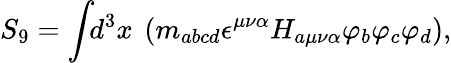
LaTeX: S_{9}=\int\! \! d^{3}x~\left(m_{abcd}\epsilon^{\mu\nu\alpha}H_{a\mu\nu\alpha}\varphi_{b}\varphi_{c}\varphi_{d}\right),